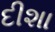
દીશા